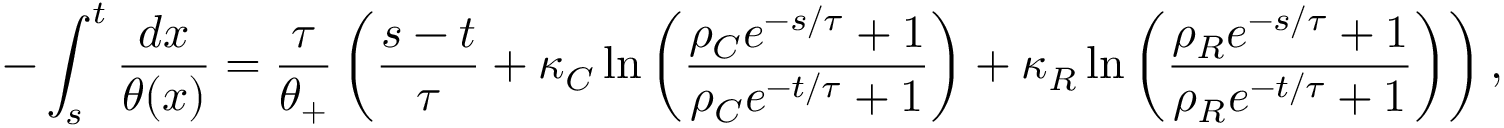
- \int _ { s } ^ { t } \frac { d x } { \theta ( x ) } = \frac { \tau } { \theta _ { + } } \left( \frac { s - t } { \tau } + \kappa _ { C } \ln \left( \frac { \rho _ { C } e ^ { - s / \tau } + 1 } { \rho _ { C } e ^ { - t / \tau } + 1 } \right) + \kappa _ { R } \ln \left( \frac { \rho _ { R } e ^ { - s / \tau } + 1 } { \rho _ { R } e ^ { - t / \tau } + 1 } \right) \right) ,